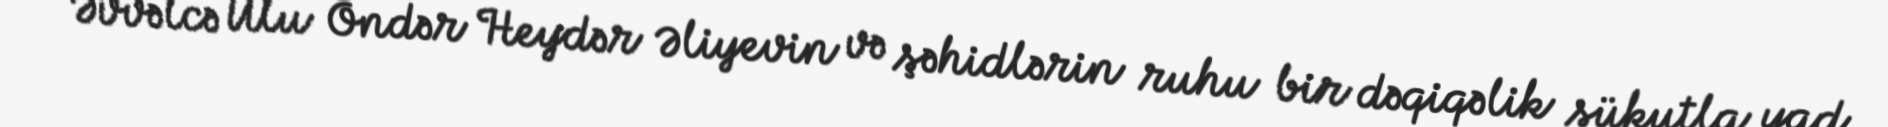
Əvvəlcə Ulu Öndər Heydər Əliyevin və şəhidlərin ruhu bir dəqiqəlik sükutla yad